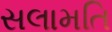
સલામતિ